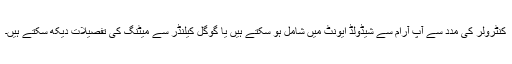
کنٹرولر کی مدد سے آپ آرام سے شیڈولڈ ایونٹ میں شامل ہو سکتے ہیں یا گوگل کیلنڈر سے میٹنگ کی تفصیلات دیکھ سکتے ہیں۔